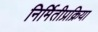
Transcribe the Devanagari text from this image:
निर्मितीप्रक्रिया